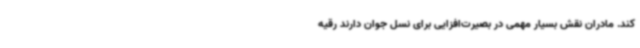
کند. مادران نقش بسیار مهمی در بصیرت‌افزایی برای نسل جوان دارند رقیه